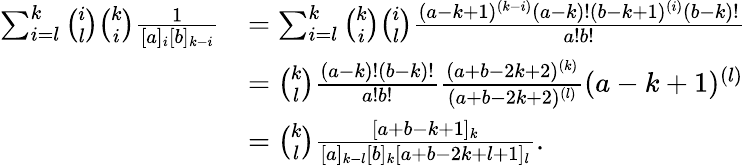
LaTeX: \begin{array}{rl}{\sum_{i=l}^{k}\binom{i}{l}\binom{k}{i}\frac{1}{[a]_{i}[b]_{k-i}}}&{=\sum_{i=l}^{k}\binom{k}{i}\binom{i}{l}\frac{(a-k+1)^{(k-i)}(a-k)!(b-k+1)^{(i)}(b-k)!}{a!b!}}\\ &{=\binom{k}{l}\frac{(a-k)!(b-k)!}{a!b!}\frac{(a+b-2k+2)^{(k)}}{(a+b-2k+2)^{(l)}}(a-k+1)^{(l)}}\\ &{=\binom{k}{l}\frac{[a+b-k+1]_{k}}{[a]_{k-l}[b]_{k}[a+b-2k+l+1]_{l}}.}\end{array}